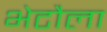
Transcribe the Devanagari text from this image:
भेटौला